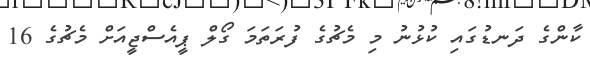
ކާންގެ ދަނޑުގައި ކުޅުނު މި މެޗުގެ ފުރަތަމަ ގޯލް ޕީއެސްޖީއަށް މެޗުގެ 16